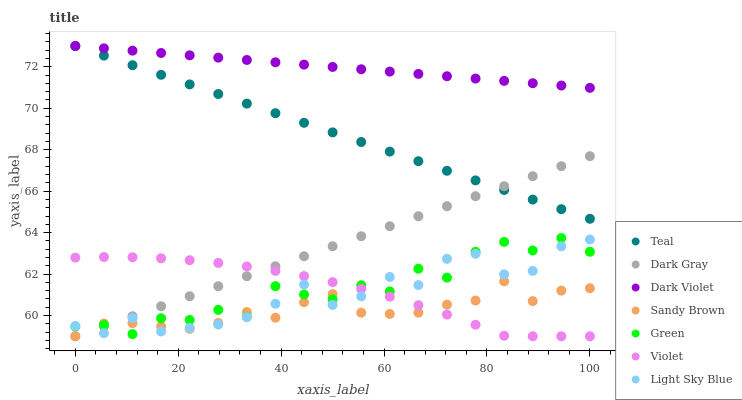
| xaxis_label | Teal | Dark Gray | Dark Violet | Sandy Brown | Green | Violet | Light Sky Blue |
 | --- | --- | --- | --- | --- | --- | --- | --- |
 | 0 | 73 | 59 | 73 | 59 | 59.5 | 62.8 | 59.5 |
 | 5.56 | 72.5 | 59.5 | 72.9 | 59.6 | 59.5 | 62.8 | 59.1 |
 | 11.1 | 72.1 | 60 | 72.8 | 59.6 | 59.1 | 62.8 | 59.9 |
 | 16.7 | 71.6 | 60.4 | 72.7 | 59.5 | 59.9 | 62.8 | 59.2 |
 | 22.2 | 71.1 | 60.9 | 72.6 | 59.4 | 59.8 | 62.7 | 59.4 |
 | 27.8 | 70.7 | 61.4 | 72.4 | 59.6 | 60.3 | 62.5 | 59.6 |
 | 33.3 | 70.2 | 61.9 | 72.3 | 60.2 | 59.9 | 62.4 | 59.9 |
 | 38.9 | 69.8 | 62.4 | 72.2 | 59.9 | 61.4 | 62.2 | 60.6 |
 | 44.4 | 69.3 | 62.9 | 72.1 | 60.6 | 61 | 61.9 | 61.5 |
 | 50 | 68.8 | 63.3 | 72 | 61 | 60.8 | 61.6 | 60.5 |
 | 55.6 | 68.4 | 63.8 | 71.9 | 60.1 | 61.5 | 61.3 | 60.9 |
 | 61.1 | 67.9 | 64.3 | 71.8 | 60.1 | 61.2 | 60.9 | 61.9 |
 | 66.7 | 67.4 | 64.8 | 71.7 | 60.1 | 62.3 | 60.5 | 61.5 |
 | 72.2 | 67 | 65.3 | 71.5 | 60.5 | 61.8 | 60 | 62.7 |
 | 77.8 | 66.5 | 65.8 | 71.4 | 60.7 | 63.1 | 59.6 | 63 |
 | 83.3 | 66.1 | 66.2 | 71.3 | 61.7 | 63.6 | 59 | 62 |
 | 88.9 | 65.6 | 66.7 | 71.2 | 60.7 | 63.1 | 59 | 62.2 |
 | 94.4 | 65.1 | 67.2 | 71.1 | 61.2 | 63.7 | 59 | 63.3 |
 | 100 | 64.7 | 67.7 | 71 | 61.3 | 63.1 | 59 | 63.7 |